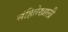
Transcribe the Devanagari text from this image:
संहितेखाली